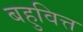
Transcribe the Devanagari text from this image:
बहुवित्त